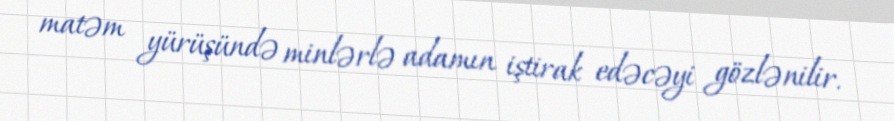
matəm yürüşündə minlərlə adamın iştirak edəcəyi gözlənilir.